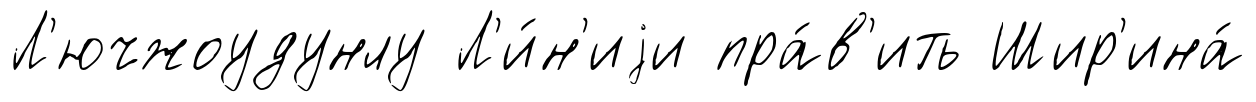
Л'ючжоудунлу Л'и́н'иjи пра́в'ить Шир'ина́